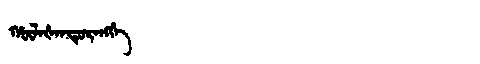
Manchu: ᡥᡡᠯᠠᡧᠠᠨᡩᡠᡵᠠᠩᡤᡝ
Romanization: HŪLAŠANDURANGGE